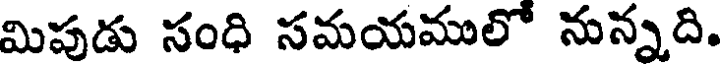
మిపుడు సంధి సమయములో నున్నది.